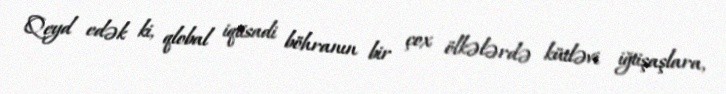
Qeyd edək ki, qlobal iqtisadi böhranın bir çox ölkələrdə kütləvi iğtişaşlara,